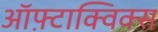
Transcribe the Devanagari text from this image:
ऑफ़्टाक्विक्स